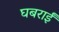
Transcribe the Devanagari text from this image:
घबराईं